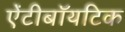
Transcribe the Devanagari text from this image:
ऐंटीबॉयटिक